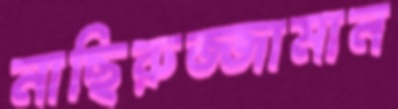
নাছিরুজ্জামান